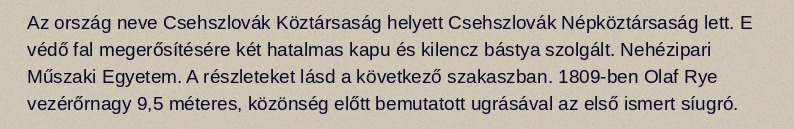
Az ország neve Csehszlovák Köztársaság helyett Csehszlovák Népköztársaság lett. E védő fal megerősítésére két hatalmas kapu és kilencz bástya szolgált. Nehézipari Műszaki Egyetem. A részleteket lásd a következő szakaszban. 1809-ben Olaf Rye vezérőrnagy 9,5 méteres, közönség előtt bemutatott ugrásával az első ismert síugró.